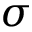
\sigma